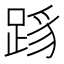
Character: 𬦳